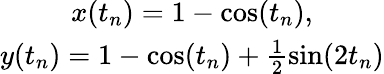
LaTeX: \begin{array}{c}{x(t_{n})=1-\cos(t_{n}),}\\ {y(t_{n})=1-\cos(t_{n})+\frac{1}{2}\sin(2t_{n})}\end{array}